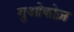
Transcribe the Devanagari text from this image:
गुओकोज़